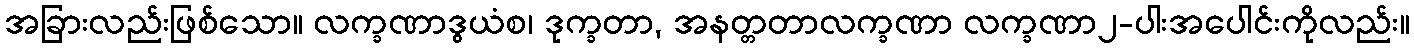
အခြားလည်းဖြစ်သော။ လက္ခဏာဒွယံစ၊ ဒုက္ခတာ, အနတ္တတာလက္ခဏာ လက္ခဏာ၂-ပါးအပေါင်းကိုလည်း။